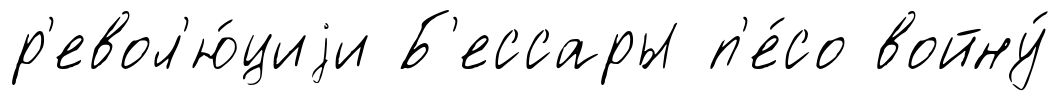
р'евол'ю́циjи Б'ессары п'е́со войну́